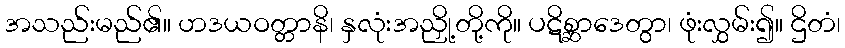
အသည်းမည်၏။ ဟဒယဝတ္တာနိ၊ နှလုံးအညှို့တို့ကို။ ပဋိစ္ဆာဒေတွာ၊ ဖုံးလွှမ်း၍။ ဌိတံ၊